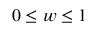
0 \leq w \leq 1